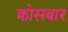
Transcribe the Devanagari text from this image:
क्रोसबार